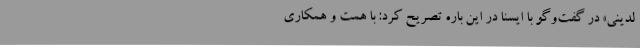
لدینی» در گفت‌وگو با ایسنا در این باره تصریح کرد: با همت و همکاری